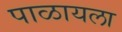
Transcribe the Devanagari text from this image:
पाळायला